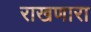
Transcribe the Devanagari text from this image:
राखणारा